system: You are a helpful assistant.
user:
Analyze the provided spectrum to determine if it is a **S-type Star**.

- **Key Indicators for S-type Star:**

    - **(Overall Spectrum Shape):** The first and most obvious characteristic is the overall continuum (the "baseline" shape). It is **extremely "red-sloping,"** meaning the flux (light intensity) is very low on the left side (blue, ~4000-4500 Å) and rises steeply and continuously toward the right side (red, ~7000 Å+).

    - **(Primary):** The spectrum is defined by the presence of strong, broad molecular absorption "valleys" (bands) from **Zirconium Oxide (ZrO)**. The identification of these bands is the **primary requirement** for classifying a star as S-type.
        - **(Key Bandheads):** You must find distinct, deep "dips" where the light has been absorbed. The most critical band systems to locate are:
            - **~6474 Å** ($\gamma$-system): This is often the strongest and clearest ZrO feature, found in the red part of the spectrum.
            - **~5718 Å** & **~5551 Å** ($\beta$-system): A pair of prominent absorption features in the yellow-orange part of the spectrum.
            - **~4640 Å** ($\alpha$-system): A key absorption band system in the blue-green region of the spectrum.

    - **(Secondary Confirmation):** The classification is strengthened by finding additional absorption bands from other related heavy element oxides, which are expected to be present alongside ZrO.
        - **(Key Bandheads):**
            - **Yttrium Oxide (YO):** Look for absorption dips near **~4800 Å** and **~6100 Å**.
            - **Lanthanum Oxide (LaO):** Additional absorption features, particularly in the red-orange part of the spectrum, are also characteristic.

    - **(Line Profile):** The combination of the steep red continuum and these numerous, deep molecular bands (ZrO, YO, etc.) gives the entire spectrum a very **"chopped-up"** or **"bumpy"** appearance. Instead of a smooth curve, the spectrum looks as though large, wide chunks of light have been "carved out" of it at the specific wavelengths listed above.

Think first, call **spectral_visualization_tool** if needed to examine features in detail, then provide your final answer. Your response must adhere to the following strict rules:
1.  **Overall Structure:** Your response must follow the format `<think>...</think> <tool_call>...</tool_call> (if a tool is used) <answer>...</answer>`.
2.  **Tool Usage Constraint:** You may only make **one** tool call per turn.
3.  **Final Answer Format:** In the `<answer>` tag, your conclusion must be inside a `\boxed{}` command (e.g., `\boxed{YES}` or `\boxed{NO}`), followed by your justification.

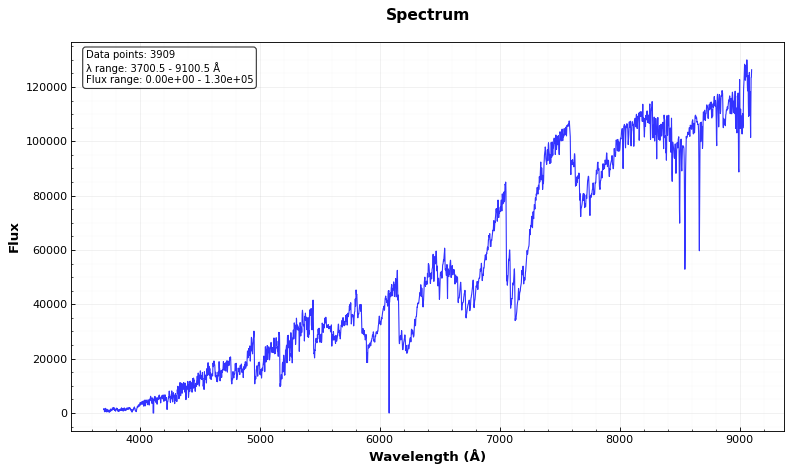
Answer: YES